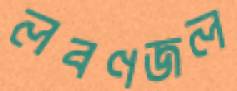
লবণজল